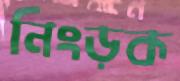
নিংড়ক